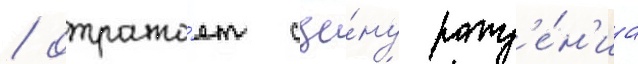
/ отража́ет сце́ну рожд'е́н'иа